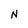
Character: N